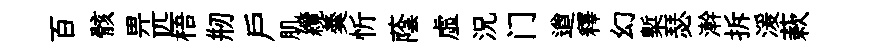
百骸畀匹梧剏户肌纜羮忻蔭虚況门遒釋幻槧瑟澣拆湲蔌